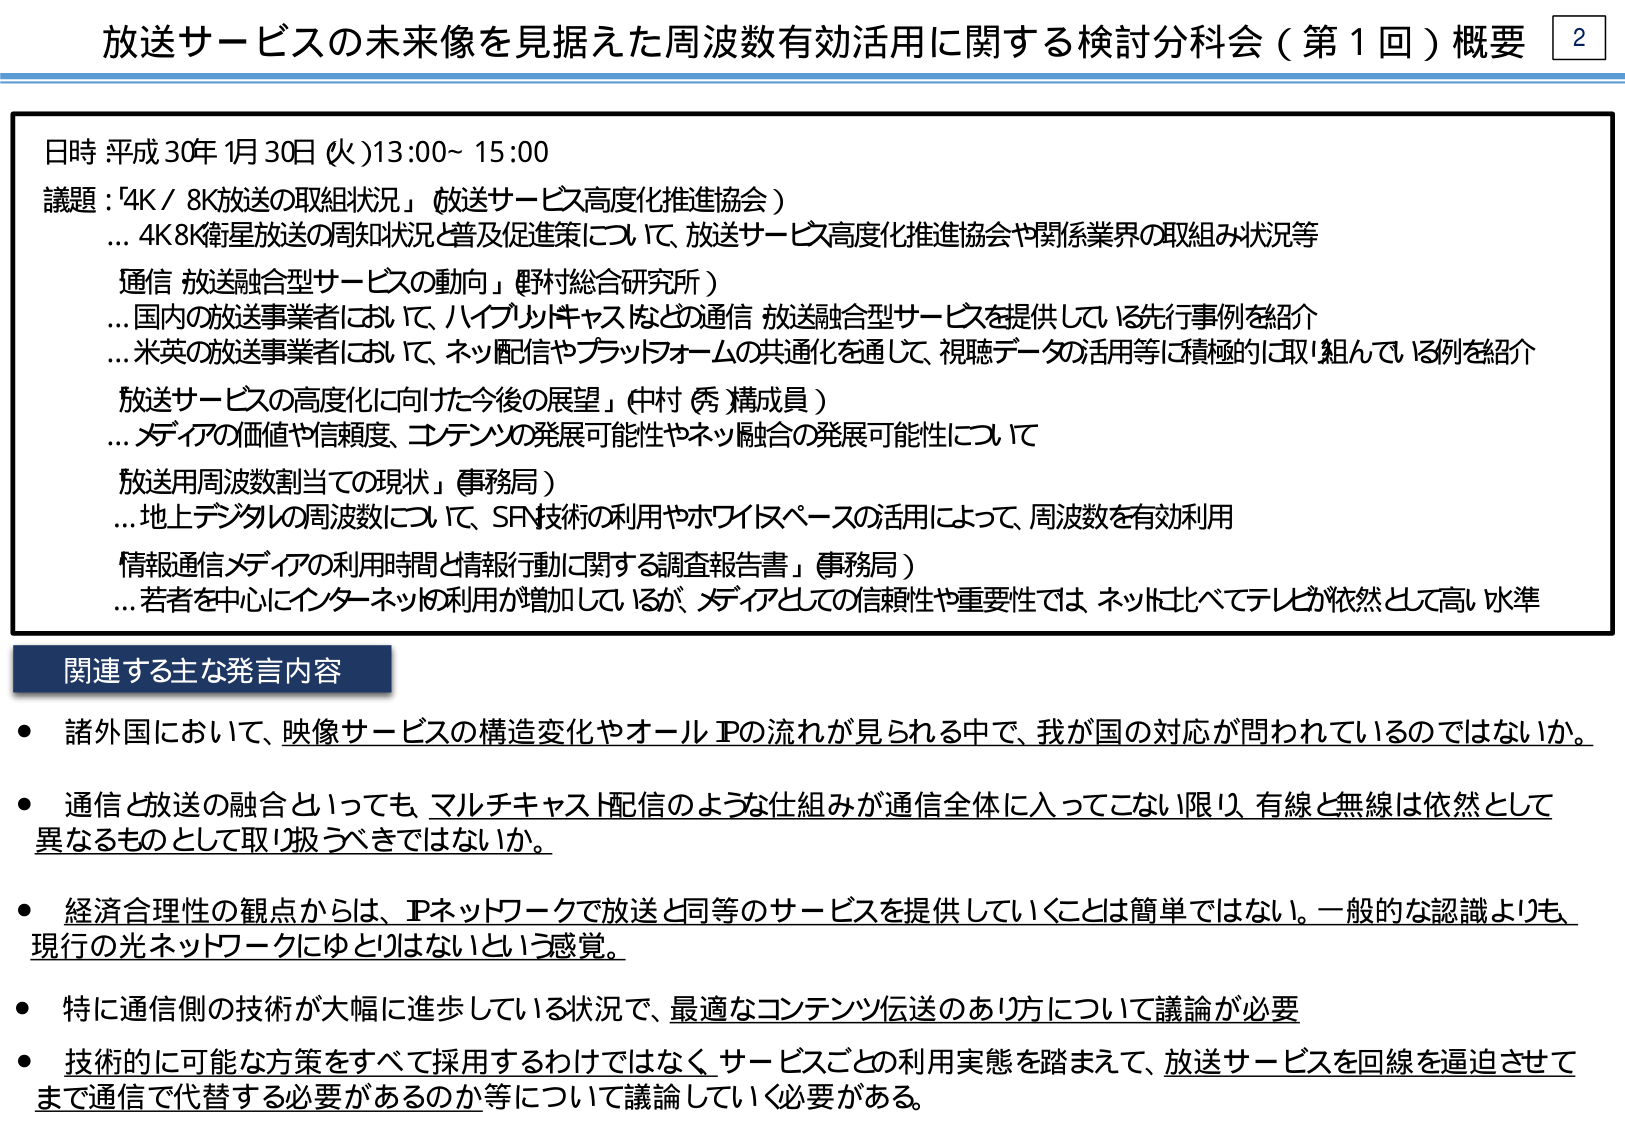
放送サービスの未来像を見据えた周波数有効活用に関する検討分科会（第1回）概要 2

日時：平成30年1月30日（火）13:00～15:00

議題：「4K/8K放送の取組状況」（放送サービス高度化推進協会）
…4K8K衛星放送の周知状況と普及促進策について、放送サービス高度化推進協会や関係業界の取組み状況等

「通信・放送融合型サービスの動向」（野村総合研究所）
…国内の放送事業者において、ハイブリッドキャストなどの通信・放送融合型サービスを提供している先行事例を紹介
…米英の放送事業者において、ネット配信やプラットフォームの共通化を通じて、視聴データの活用等に積極的に取り組んでいる例を紹介

「放送サービスの高度化に向けた今後の展望」（中村 秀 構成員）
…メディアの価値や信頼度、コンテンツの発展可能性やネット融合の発展可能性について

「放送用周波数割当ての現状」（事務局）
…地上デジタルの周波数について、SF技術の利用やホワイトスペースの活用によって、周波数を有効利用

「情報通信メディアの利用時間と情報行動に関する調査報告書」（事務局）
…若者を中心にインターネットの利用が増加しているが、メディアとしての信頼性や重要性では、ネットに比べてテレビが依然として高い水準

関連する主な発言内容

・諸外国において、映像サービスの構造変化やオールIPの流れが見られる中で、我が国の対応が問われているのではないか。

・通信と放送の融合といっても、マルチキャスト配信のような仕組みが通信全体に入ってこない限り、有線と無線は依然として異なるものとして取り扱うべきではないか。

・経済合理性の観点からは、IPネットワークで放送と同等のサービスを提供していくことは簡単ではない。一般的な認識よりも、現行の光ネットワークにゆとりはないという感覚。

・特に通信側の技術が大幅に進歩している状況で、最適なコンテンツ伝送のあり方について議論が必要。

・技術的に可能な方策をすべて採用するわけではなく、サービスごとの利用実態を踏まえて、放送サービスを回線を逼迫させてまで通信で代替する必要があるのか等について議論していく必要がある。